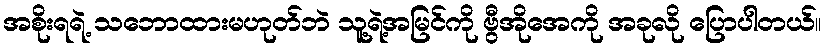
အစိုးရရဲ့ သဘောထားမဟုတ်ဘဲ သူ့ရဲ့အမြင်ကို ဗွီအိုအေကို အခုလို ပြောပါတယ်။